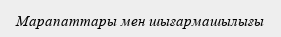
Марапаттары мен шығармашылығы